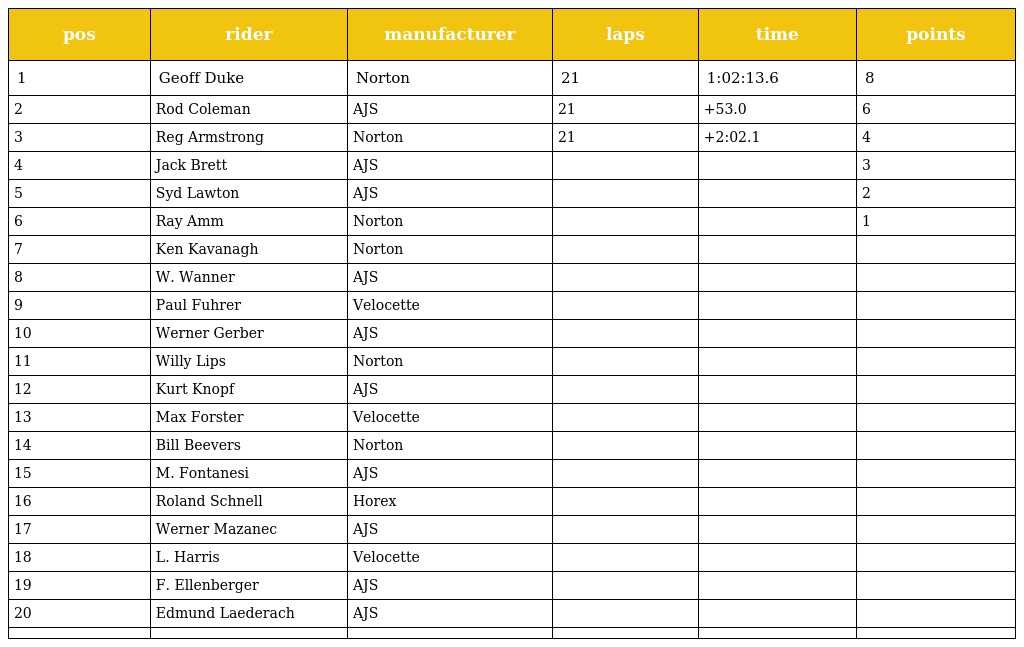
| pos | rider | manufacturer | laps | time | points |
 | --- | --- | --- | --- | --- | --- |
 | 1 | Geoff Duke | Norton | 21 | 1:02:13.6 | 8 |
 | 2 | Rod Coleman | AJS | 21 | +53.0 | 6 |
 | 3 | Reg Armstrong | Norton | 21 | +2:02.1 | 4 |
 | 4 | Jack Brett | AJS |  |  | 3 |
 | 5 | Syd Lawton | AJS |  |  | 2 |
 | 6 | Ray Amm | Norton |  |  | 1 |
 | 7 | Ken Kavanagh | Norton |  |  |  |
 | 8 | W. Wanner | AJS |  |  |  |
 | 9 | Paul Fuhrer | Velocette |  |  |  |
 | 10 | Werner Gerber | AJS |  |  |  |
 | 11 | Willy Lips | Norton |  |  |  |
 | 12 | Kurt Knopf | AJS |  |  |  |
 | 13 | Max Forster | Velocette |  |  |  |
 | 14 | Bill Beevers | Norton |  |  |  |
 | 15 | M. Fontanesi | AJS |  |  |  |
 | 16 | Roland Schnell | Horex |  |  |  |
 | 17 | Werner Mazanec | AJS |  |  |  |
 | 18 | L. Harris | Velocette |  |  |  |
 | 19 | F. Ellenberger | AJS |  |  |  |
 | 20 | Edmund Laederach | AJS |  |  |  |
 |  |  |  |  |  |  |